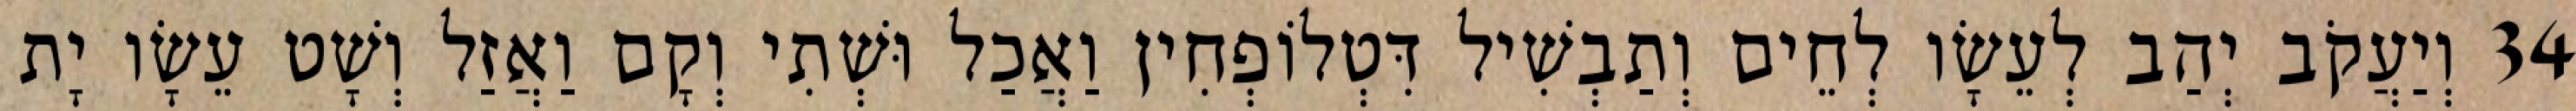
34 וְיַעֲקֹב יְהַב לְעֵשָׂו לְחֵים וְתַבְשִׁיל דִּטְלוֹפְחִין וַאֲכַל וּשְׁתִי וְקָם וַאֲזַל וְשָׁט עֵשָׂו יָת